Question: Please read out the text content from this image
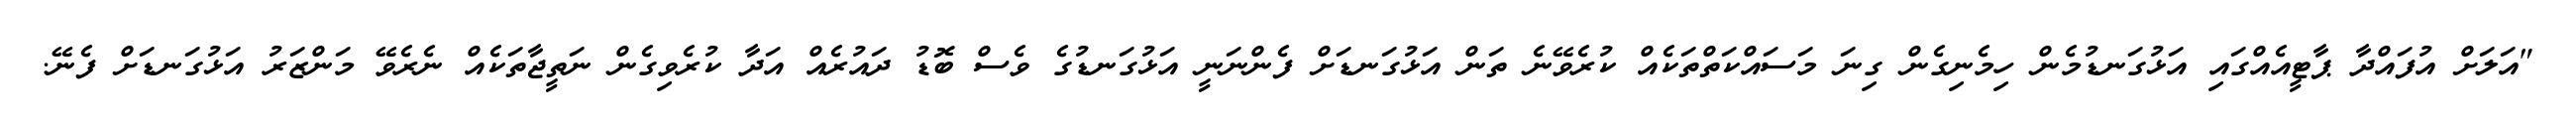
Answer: "އަލަށް އުފައްދާ ޕާޓީއެއްގައި އަޅުގަނޑުމެން ހިމެނިގެން ގިނަ މަސައްކަތްތަކެއް ކުރެވޭނެ ތަން އަޅުގަނޑަށް ފެންނަނީ އަޅުގަނޑުގެ ވެސް ބޮޑު ދައުރެއް އަދާ ކުރެވިގެން ނަތީޖާތަކެއް ނެރެވޭ މަންޒަރު އަޅުގަނޑަށް ފެނޭ.